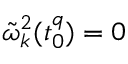
\tilde { \omega } _ { k } ^ { 2 } ( t _ { 0 } ^ { q } ) = 0